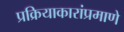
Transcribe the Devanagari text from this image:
प्रक्रियाकारांप्रमाणे